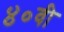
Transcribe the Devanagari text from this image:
४०वी